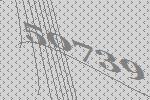
50739